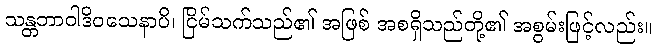
သန္တဘာဝါဒိဝသေနာပိ၊ ငြိမ်သက်သည်၏ အဖြစ် အစရှိသည်တို့၏ အစွမ်းဖြင့်လည်း။